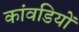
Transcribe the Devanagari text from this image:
कांवडियों